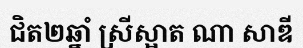
ជិត២ឆ្នាំ ស្រីស្អាត ណា សាឌី